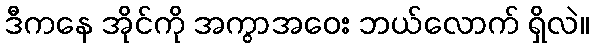
ဒီကနေ အိုင်ကို အကွာအဝေး ဘယ်လောက် ရှိလဲ။